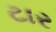
ટાર